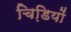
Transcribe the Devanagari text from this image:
चिडि़यों